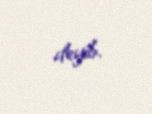
deyib.